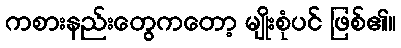
ကစားနည်းတွေကတော့ မျိုးစုံပင် ဖြစ်၏။